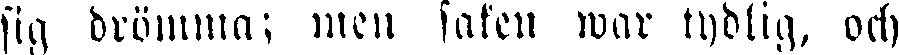
sia, drömma; men saken war tydlig, och